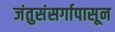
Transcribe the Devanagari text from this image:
जंतुसंसर्गापासून